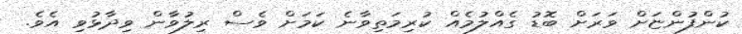
ކުންފުންޏަށް ވަރަށް ބޮޑު ގެއްލުމެއް ކުރިމަތިވާނެ ކަމަށް ވެސް ރިލުވާން ވިދާޅުވި އެވެ.